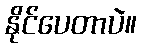
နိုင်ပေတာပဲ။